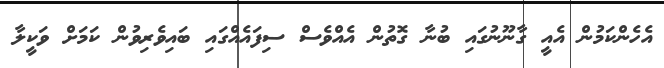
އެހެންކަމުން އެއީ ގާނޫނުގައި ބުނާ ގޮތުން އެއްވެސް ސިފައެއްގައި ބައިވެރިވުން ކަމަށް ވަކީލާ